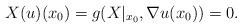
\begin{align*}X(u)(x_{0}) = g(X|_{x_{0}},\nabla u(x_{0})) =0.\end{align*}